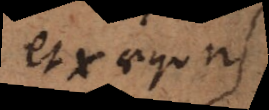
et t aequ.,